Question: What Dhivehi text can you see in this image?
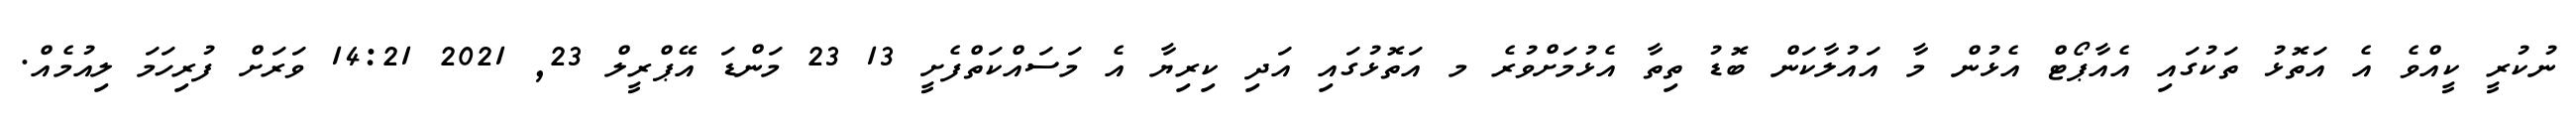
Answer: ނުކުރީ ކީއްވެ އެ އަތޮޅު ތަކުގައި އެއާޕޯޓް އެޅުން މާ އައުލާކަން ބޮޑު ތިތާ އެޅުމަށްވުރެ މ އަތޮޅުގައި އަދި ކިރިޔާ އެ މަސައްކަތްފެށީ 13 23 މަންޑަ އޭޕްރީލް 23, 2021 14:21 ވަރަށް ފުރިހަމަ ލިއުމެއް.